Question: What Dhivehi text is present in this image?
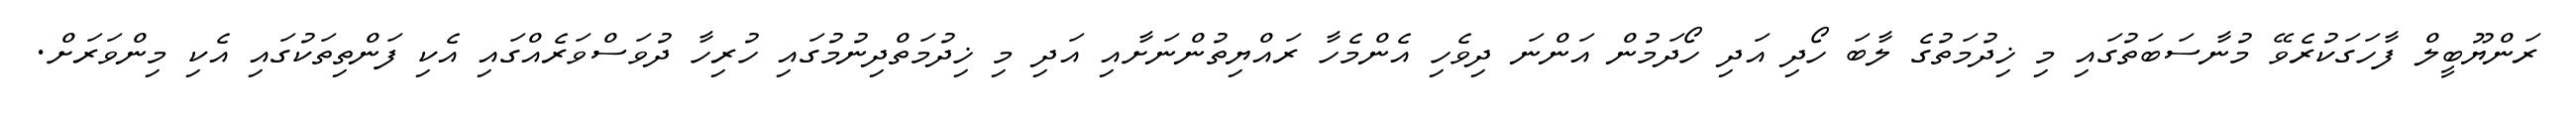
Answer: ރަންޔޫބީލް ފާހަގަކުރެވޭ މުނާސަބަތުގައި މި ޚިދުމަތުގެ ލާބަ ހޯދި އަދި ހޯދަމުން އަންނަ ދިވެހި އެންމެހާ ރައްޔިތުންނަށާއި އަދި މި ޚިދުމަތްދިނުމުގައި ހުރިހާ ދުވަސްވަރެއްގައި އެކި ފަންތިތަކުގައި އެކި މިންވަރަށް.